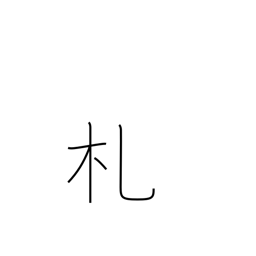
Meaning: placard